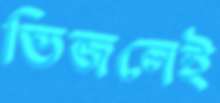
ভিজলেই